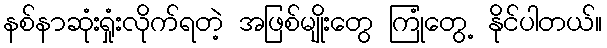
နစ်နာဆုံးရှုံးလိုက်ရတဲ့ အဖြစ်မျိုးတွေ ကြုံတွေ့ နိုင်ပါတယ်။